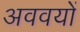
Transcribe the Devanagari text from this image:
अववयों